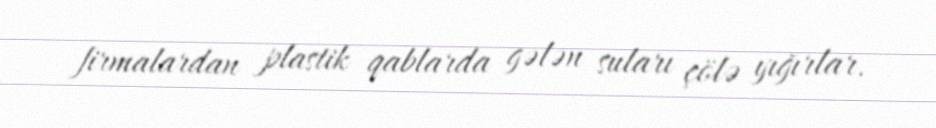
firmalardan plastik qablarda gələn suları çölə yığırlar.